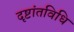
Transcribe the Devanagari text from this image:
दृष्टांतविधि